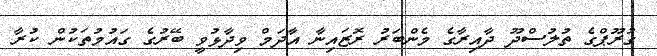
ގުރޫޕްގެ ތުލުސްދޫ ދާއިރާގެ މެންބަރު ރޮޒައިނާ އާދަމް ވިދާޅުވީ ބޭރުގެ ގައުމުތަކުން ކުރާ